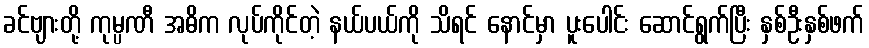
ခင်ဗျားတို့ ကုမ္ပဏီ အဓိက လုပ်ကိုင်တဲ့ နယ်ပယ်ကို သိရင် နောင်မှာ ပူးပေါင်း ဆောင်ရွက်ပြီး နှစ်ဦးနှစ်ဖက်